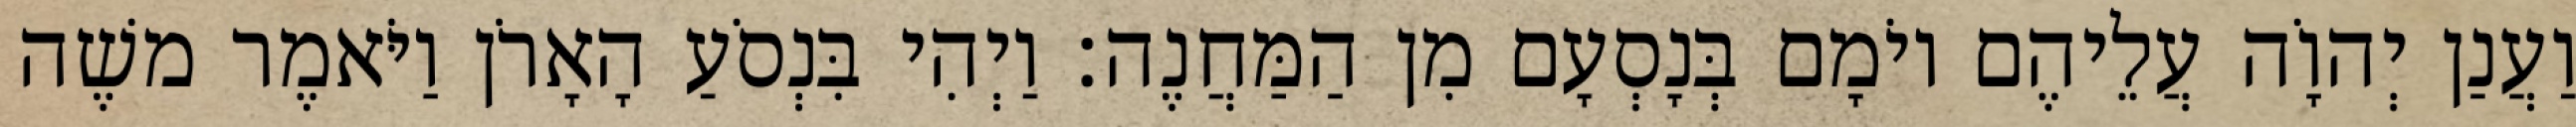
וַעֲנַן יְהוָֹה עֲלֵיהֶם יוֹמָם בְּנָסְעָם מִן הַמַּחֲנֶה׃ וַיְהִי בִּנְסֹעַ הָאָרֹן וַיֹּאמֶר משֶׁה